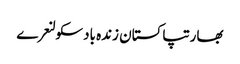
بھارتپاکستان زندہ بادسکولنعرے